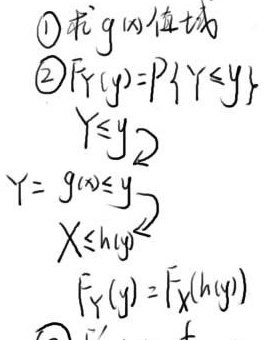
\textcircled{1} 求 \(g\) 的值域
\textcircled{2} \(F_{Y}(y)=P\{Y\leq y\}\)，\(Y\leq y\)，\(Y = g(X)\leq y\)，\(X\leq h(y)\)，\(F_{Y}(y)=F_{X}(h(y))\)